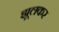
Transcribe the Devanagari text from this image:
झूलकर